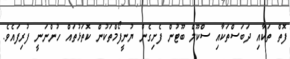
ފޮތް ތަކާއި ދަބަސްތަކާއި ސްކޫލް ބޫޓުން ފެށިގެން ޔުނީފޯމްތަކުން ކޮތަޅުތައް ހުންނަނީ ފުރިފައެވެ.